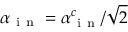
\alpha _ { \mathrm { ~ i ~ n ~ } } = \alpha _ { \mathrm { ~ i ~ n ~ } } ^ { c } / \sqrt { 2 }